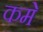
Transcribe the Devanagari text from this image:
कमे